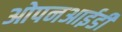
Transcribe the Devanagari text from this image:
ओपनआईडी